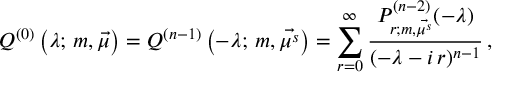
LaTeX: Q ^ { ( 0 ) } \left( \lambda ; \, m , \vec { \mu } \right) = Q ^ { ( n - 1 ) } \left( - \lambda ; \, m , \vec { \mu ^ { s } } \right) = \sum _ { r = 0 } ^ { \infty } \frac { P _ { r ; m , \vec { \mu ^ { s } } } ^ { ( n - 2 ) } ( - \lambda ) } { ( - \lambda - i \, r ) ^ { n - 1 } } \, ,